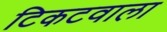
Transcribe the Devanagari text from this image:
टिकटवाला